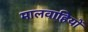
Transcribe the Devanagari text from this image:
मालवाहियों